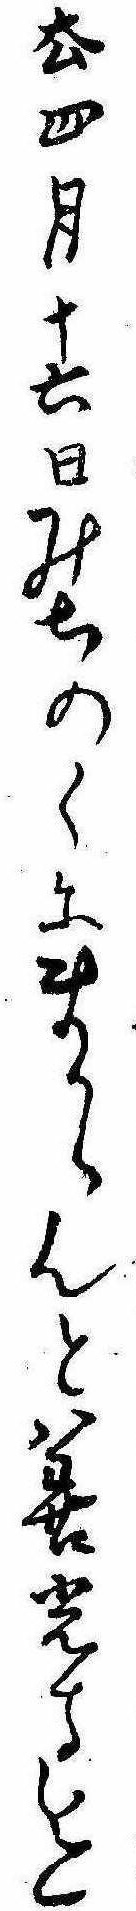
去四月十六日みちのくにまからんと善光寺迄